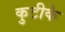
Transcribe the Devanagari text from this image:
कुटीके